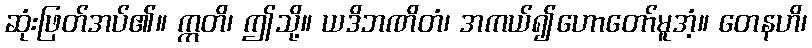
ဆုံးဖြတ်အပ်၏။ ဣတိ၊ ဤသို့။ ယဒိဘဏိတံ၊ အကယ်၍ဟောတော်မူအံ့။ တေနဟိ၊